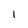
Character: 1